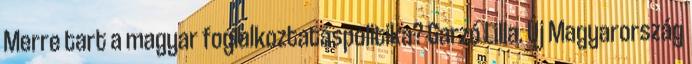
Merre tart a magyar foglalkoztatáspolitika? Garzó Lilla. Új Magyarország